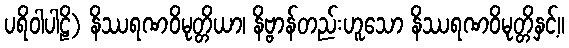
ပရိဝါပါဠိ) နိဿရဏဝိမုတ္တိယာ၊ နိဗ္ဗာန်တည်းဟူသော နိဿရဏဝိမုတ္တိနှင့်။